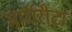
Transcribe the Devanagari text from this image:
मार्घरीटा